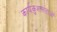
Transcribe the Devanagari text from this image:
कार्यकुशलताओं